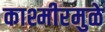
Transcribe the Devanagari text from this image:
काश्मीरमुळे